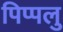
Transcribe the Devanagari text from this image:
पिप्पलु